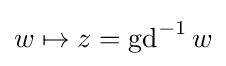
{\textstyle w\mapsto z=\operatorname {gd} ^{-1}w}